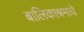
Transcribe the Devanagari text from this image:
बालिकाश्रमाचे